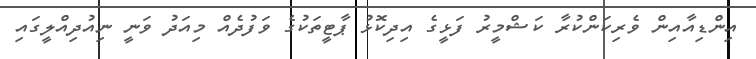
އިންޑިއާއިން ވެރިކަންކުރާ ކަޝްމީރު ފަޅީގެ އިދިކޮޅު ޕާޓީތަކުގެ ވަފުދެއް މިއަދު ވަނީ ނިއުދިއްލީގައި